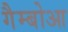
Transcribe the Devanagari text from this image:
गैम्बोआ